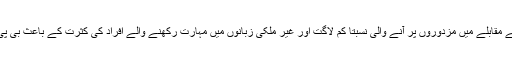
شین یانگ – اور بحیثیت مجموعی پورا شمال مشرقی چین – ساحلی علاقوں کے مقابلے میں مزدوروں پر آنے والی نسبتاً کم لاگت اور غیر ملکی زبانوں میں مہارت رکھنے والے افراد کی کثرت کے باعث بی پی سروس فراہم کرنے والے ملکی و غیر ملکی اداروں کی نگاہوں کا مرکز ہے۔